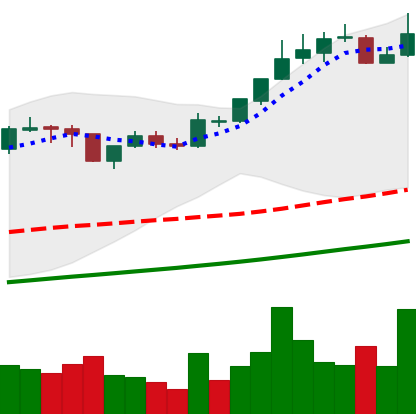
Ticker: BTC-USD
Chart end date: 2017-11-08
Forward return: -12.068%
Label: down_7plus